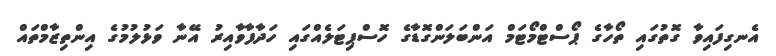
އެނގިފައިވާ ގޮތުގައި ތޯހާގެ ޕޯސްޓްމޯޓަމް އަންބަލަންގޮޑާގެ ހޮސްޕިޓަލެއްގައި ހަދާފާވާއިރު އޭނާ ވަޅުލުމުގެ އިންތިޒާމްތައް